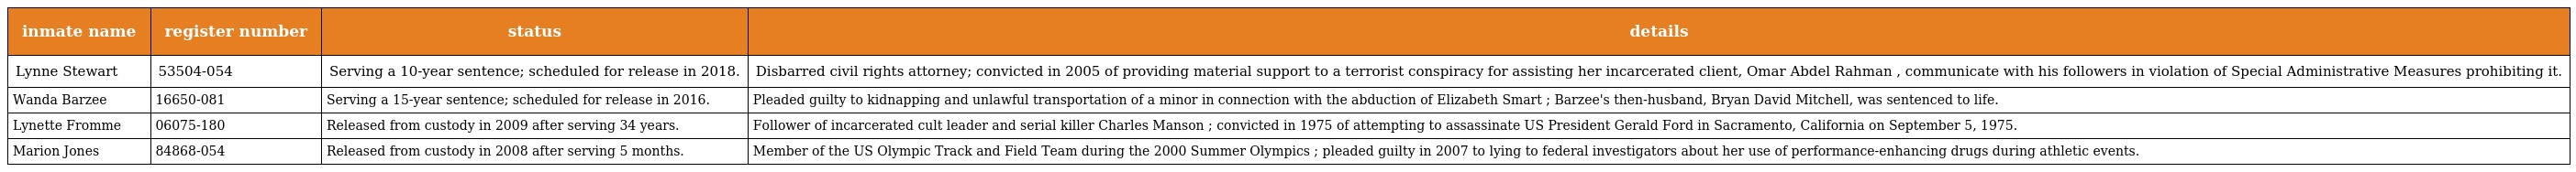
| inmate name | register number | status | details |
 | --- | --- | --- | --- |
 | Lynne Stewart | 53504-054 | Serving a 10-year sentence; scheduled for release in 2018. | Disbarred civil rights attorney; convicted in 2005 of providing material support to a terrorist conspiracy for assisting her incarcerated client, Omar Abdel Rahman , communicate with his followers in violation of Special Administrative Measures prohibiting it. |
 | Wanda Barzee | 16650-081 | Serving a 15-year sentence; scheduled for release in 2016. | Pleaded guilty to kidnapping and unlawful transportation of a minor in connection with the abduction of Elizabeth Smart ; Barzee's then-husband, Bryan David Mitchell, was sentenced to life. |
 | Lynette Fromme | 06075-180 | Released from custody in 2009 after serving 34 years. | Follower of incarcerated cult leader and serial killer Charles Manson ; convicted in 1975 of attempting to assassinate US President Gerald Ford in Sacramento, California on September 5, 1975. |
 | Marion Jones | 84868-054 | Released from custody in 2008 after serving 5 months. | Member of the US Olympic Track and Field Team during the 2000 Summer Olympics ; pleaded guilty in 2007 to lying to federal investigators about her use of performance-enhancing drugs during athletic events. |